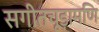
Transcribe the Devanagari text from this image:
सगीतचूड़ामणि